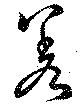
差